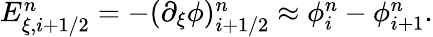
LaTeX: \begin{array}{r}{E_{\xi,i+1/2}^{n}=-(\partial_{\xi}\phi)_{i+1/2}^{n}\approx\phi_{i}^{n}-\phi_{i+1}^{n}.}\end{array}